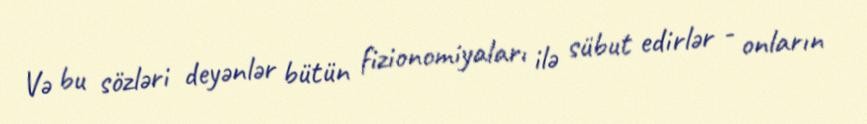
Və bu sözləri deyənlər bütün fizionomiyaları ilə sübut edirlər - onların